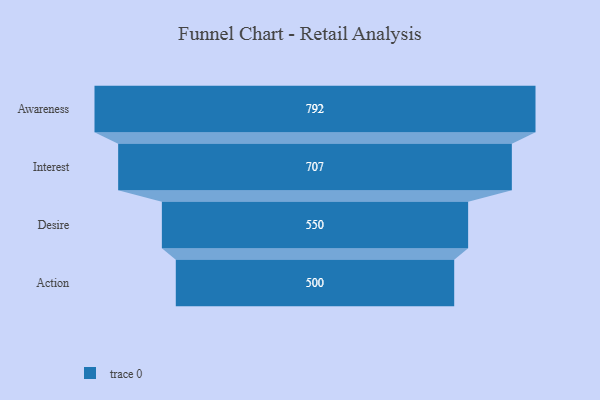
{"axis": {"x": "Stage", "y": "Value"}, "legend": [""], "data": [{"x": "Awareness", "y": 792.0, "type": ""}, {"x": "Interest", "y": 707.0, "type": ""}, {"x": "Desire", "y": 550.0, "type": ""}, {"x": "Action", "y": 500, "type": ""}]}